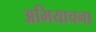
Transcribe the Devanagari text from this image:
अभियाचना